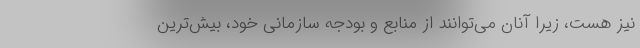
نیز هست، زیرا آنان می‌توانند از منابع و بودجه سازمانی خود، بیش‌ترین